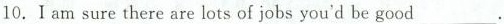
10. I am sure there are lots of jobs you'd be good___.